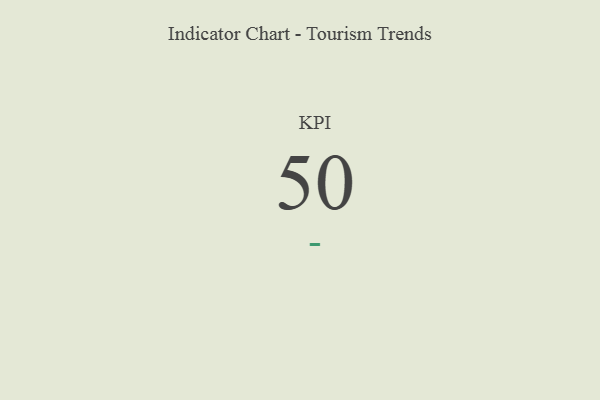
{"axis": {"x": "KPI", "y": "Value"}, "legend": [""], "data": [{"x": "KPI", "y": 50, "type": ""}]}